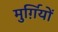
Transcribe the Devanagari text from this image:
मुर्ग़ियों